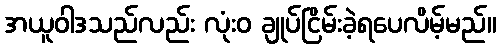
အယူဝါဒသည်လည်း လုံးဝ ချုပ်ငြိမ်းခဲ့ရပေလိမ့်မည်။